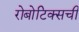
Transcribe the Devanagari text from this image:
रोबोटिक्सची